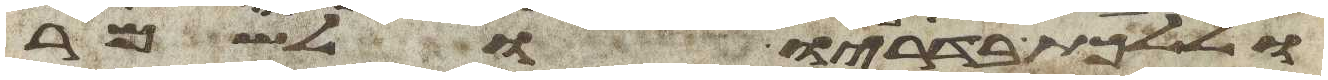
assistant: וללכת בדרכיו ולשמר